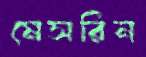
মেসরিন